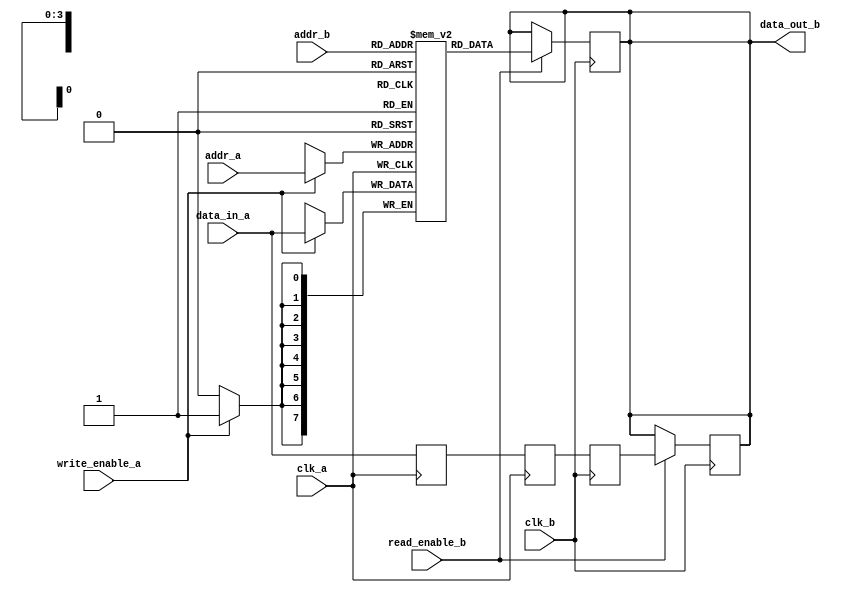
module MemoryBlocks #(
    parameter DATA_WIDTH = 8,
    parameter ADDR_WIDTH = 4,
    parameter DELAY_CYCLES = 2
)(
    input wire clk_a,                // Clock for port A
    input wire clk_b,                // Clock for port B
    input wire [ADDR_WIDTH-1:0] addr_a, // Address for port A
    input wire [ADDR_WIDTH-1:0] addr_b, // Address for port B
    input wire [DATA_WIDTH-1:0] data_in_a, // Data input for port A
    input wire write_enable_a,       // Write enable for port A
    input wire read_enable_b,        // Read enable for port B
    output reg [DATA_WIDTH-1:0] data_out_b // Data output for port B
);

    // Memory array
    reg [DATA_WIDTH-1:0] memory [(1 << ADDR_WIDTH) - 1:0];

    // Safe Delay Line
    reg [DATA_WIDTH-1:0] delay_line [0:DELAY_CYCLES-1];
    integer i;

    // Write Operation
    always @(posedge clk_a) begin
        if (write_enable_a) begin
            memory[addr_a] <= data_in_a; // Write data to memory
        end
    end

    // Read Operation with Safe Delay
    always @(posedge clk_b) begin
        if (read_enable_b) begin
            // Read data from memory
            data_out_b <= memory[addr_b];
        end
    end

    // Safe Delay Line Logic
    always @(posedge clk_a) begin
        // Shift data through the delay line
        delay_line[0] <= data_in_a; // Input data
        for (i = 1; i < DELAY_CYCLES; i = i + 1) begin
            delay_line[i] <= delay_line[i-1]; // Shift
        end
    end

    // Synchronization Logic
    reg [DATA_WIDTH-1:0] sync_data;
    always @(posedge clk_b) begin
        sync_data <= delay_line[DELAY_CYCLES-1]; // Output from delay line
    end

    // Output Buffer
    always @(posedge clk_b) begin
        if (read_enable_b) begin
            data_out_b <= sync_data; // Output synchronized data
        end
    end

endmodule